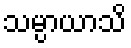
သမ္ပာယာသိ